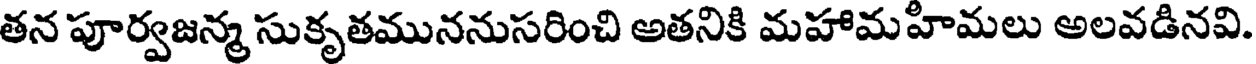
తన పూర్వజన్మ సుకృతముననుసరించి అతనికి మహామహిమలు అలవడినవి